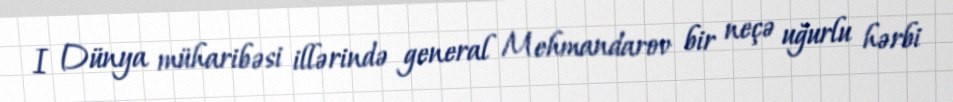
I Dünya müharibəsi illərində general Mehmandarov bir neçə uğurlu hərbi